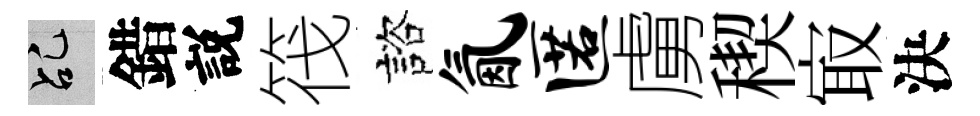
乩錯説筏諮氤匿虜稧㝡決